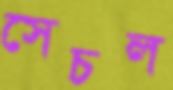
সেচল